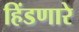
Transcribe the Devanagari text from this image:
हिंडणारे